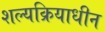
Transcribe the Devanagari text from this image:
शल्यक्रियाधीन